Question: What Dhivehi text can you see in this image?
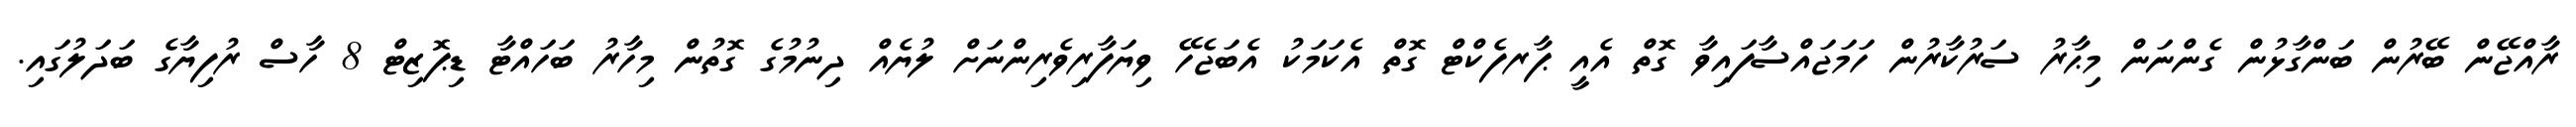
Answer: ރާއްޖޭން ބޭރުން ބަންގާޅުން ގެންނަން މިޙާރު ސަރުކާރުން ހަމަޖައްސާފައިވާ ގޮތް އެއީ ޕާރފެކްޓް ގޮތް އެކަމަކު އެބަޖެހޭ ވިޔަފާރިވެރިންނަށް ލުޔެއް ދިނުމުގެ ގޮތުން މިހާރު ބަހައްޓާ ޑިޕޮޒިޓް 8 ހާސް ރުފިޔާގެ ބަދަލުގައި.